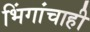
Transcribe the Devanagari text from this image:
भिंगांचाही